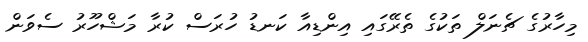
މިހާރުގެ ޗެނަލް ތަކުގެ ތެރޭގައި އިންޑިއާ ކަނޑު ހުރަސް ކުރާ މަޝްހޫރު ސެވަން